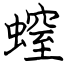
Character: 螲